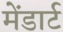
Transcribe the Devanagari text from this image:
मेंडार्ट